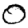
Digit: 0